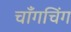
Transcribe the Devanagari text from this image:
चाँगचिंग